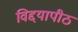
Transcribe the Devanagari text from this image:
विद्दयापीठ